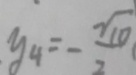
y _ { 4 } = - \frac { \sqrt { 1 0 } } { 2 }